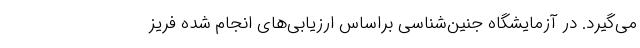
می‌گیرد. در آزمایشگاه جنین‌شناسی براساس ارزیابی‌های انجام شده فریز